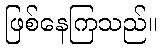
ဖြစ်နေကြသည်။